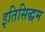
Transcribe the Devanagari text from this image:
इतिसिद्धम